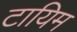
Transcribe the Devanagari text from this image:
टायिम